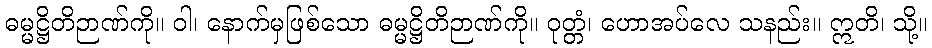
ဓမ္မဋ္ဌိတိဉာဏ်ကို။ ဝါ၊ နောက်မှဖြစ်သော ဓမ္မဋ္ဌိတိဉာဏ်ကို။ ဝုတ္တံ၊ ဟောအပ်လေ သနည်း။ ဣတိ၊ သို့။